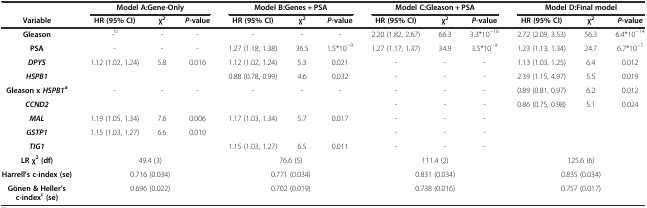
<table><thead><tr><td></td><td colspan="3"><b>Model A:Gene-Only</b></td><td colspan="3"><b>Model B:Genes + PSA</b></td><td colspan="3"><b>Model C:Gleason + PSA</b></td><td colspan="3"><b>Model D:Final model</b></td></tr><tr><td><b>Variable</b></td><td><b>HR (95% CI)</b></td><td><b>χ<sup>2</sup></b></td><td><b><i>P</i>-value</b></td><td><b>HR (95% CI)</b></td><td><b>χ<sup>2</sup></b></td><td><b><i>P</i>-value</b></td><td><b>HR (95% CI)</b></td><td><b>χ<sup>2</sup></b></td><td><b><i>P</i>-value</b></td><td><b>HR (95% CI)</b></td><td><b>χ<sup>2</sup></b></td><td><b><i>P</i>-value</b></td></tr></thead><tbody><tr><td><b>Gleason</b></td><td>-<sup>b</sup></td><td>-</td><td>-</td><td>-</td><td>-</td><td>-</td><td>2.20 (1.82, 2.67)</td><td>66.3</td><td>3.3*10<sup>-16</sup></td><td>2.72 (2.09, 3.53)</td><td>56.3</td><td>6.4*10<sup>-14</sup></td></tr><tr><td><b>PSA</b></td><td>-</td><td>-</td><td>-</td><td>1.27 (1.18, 1.38)</td><td>36.5</td><td>1.5*10<sup>-9</sup></td><td>1.27 (1.17, 1.37)</td><td>34.9</td><td>3.5*10<sup>-9</sup></td><td>1.23 (1.13, 1.34)</td><td>24.7</td><td>6.7*10<sup>-7</sup></td></tr><tr><td><b><i>DPYS</i></b></td><td>1.12 (1.02, 1.24)</td><td>5.8</td><td>0.016</td><td>1.12 (1.02, 1.24)</td><td>5.3</td><td>0.021</td><td>-</td><td>-</td><td>-</td><td>1.13 (1.03, 1.25)</td><td>6.4</td><td>0.012</td></tr><tr><td><b><i>HSPB1</i></b></td><td></td><td></td><td></td><td>0.88 (0.78, 0.99)</td><td>4.6</td><td>0.032</td><td>-</td><td>-</td><td>-</td><td>2.39 (1.15, 4.97)</td><td>5.5</td><td>0.019</td></tr><tr><td><b>Gleason x</b><b><i>HSPB1</i></b><sup><b>a</b></sup></td><td>-</td><td>-</td><td>-</td><td>-</td><td>-</td><td>-</td><td>-</td><td>-</td><td>-</td><td>0.89 (0.81, 0.97)</td><td>6.2</td><td>0.012</td></tr><tr><td><b><i>CCND2</i></b></td><td></td><td></td><td></td><td></td><td></td><td></td><td>-</td><td>-</td><td>-</td><td>0.86 (0.75, 0.98)</td><td>5.1</td><td>0.024</td></tr><tr><td><b><i>MAL</i></b></td><td>1.19 (1.05, 1.34)</td><td>7.6</td><td>0.006</td><td>1.17 (1.03, 1.34)</td><td>5.7</td><td>0.017</td><td>-</td><td>-</td><td>-</td><td></td><td></td><td></td></tr><tr><td><b><i>GSTP1</i></b></td><td>1.15 (1.03, 1.27)</td><td>6.6</td><td>0.010</td><td></td><td></td><td></td><td>-</td><td>-</td><td>-</td><td></td><td></td><td></td></tr><tr><td><b><i>TIG1</i></b></td><td></td><td></td><td></td><td>1.15 (1.03, 1.27)</td><td>6.5</td><td>0.011</td><td>-</td><td>-</td><td>-</td><td></td><td></td><td></td></tr><tr><td><b>LR χ</b><sup><b>2</b></sup><b>(df)</b></td><td colspan="3">49.4 (3)</td><td colspan="3">76.6 (5)</td><td colspan="3">111.4 (2)</td><td colspan="3">125.6 (6)</td></tr><tr><td><b>Harrell’s c-index (se)</b></td><td colspan="3">0.716 (0.034)</td><td colspan="3">0.771 (0.034)</td><td colspan="3">0.831 (0.034)</td><td colspan="3">0.835 (0.034)</td></tr><tr><td><b>Gönen &amp; Heller’s c-index</b><sup><b>c</b></sup><b>(se)</b></td><td colspan="3">0.696 (0.022)</td><td colspan="3">0.702 (0.019)</td><td colspan="3">0.738 (0.016)</td><td colspan="3">0.757 (0.017)</td></tr></tbody></table>